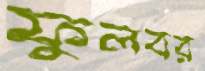
ফুলবর